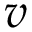
v